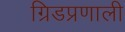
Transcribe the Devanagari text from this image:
ग्रिडप्रणाली